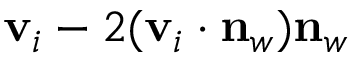
\mathbf v _ { i } - 2 ( \mathbf v _ { i } \cdot \mathbf n _ { w } ) \mathbf n _ { w }